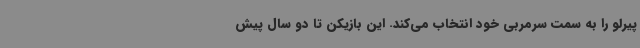
پیرلو را به سمت سرمربی خود انتخاب می‌کند. این بازیکن تا دو سال پیش